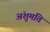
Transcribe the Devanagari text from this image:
अंशुमति